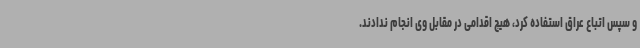
و سپس اتباع عراق استفاده کرد، هیچ اقدامی در مقابل وی انجام ندادند.